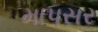
માપસર